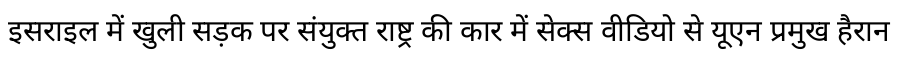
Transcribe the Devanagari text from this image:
इसराइल में खुली सड़क पर संयुक्त राष्ट्र की कार में सेक्स वीडियो से यूएन प्रमुख हैरान